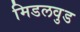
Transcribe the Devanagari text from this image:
मिडलवुड